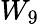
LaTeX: W_{9}